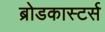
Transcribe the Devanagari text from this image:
ब्रोडकास्टर्स